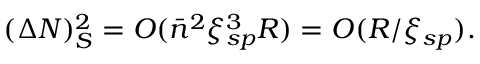
( \Delta N ) _ { S } ^ { 2 } = O ( { \bar { n } } ^ { 2 } \xi _ { s p } ^ { 3 } R ) = O ( R / \xi _ { s p } ) .